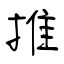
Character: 推